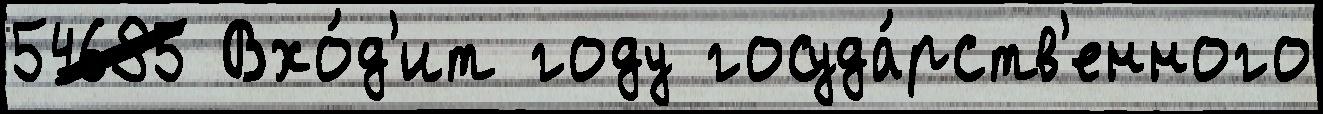
54685 Вхо́д'ит году госуда́рств'енного